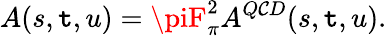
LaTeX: A(s,\mathtt{t},u)=\piF_{\pi}^{2}A^{Q\mathcal{C}D}(s,\mathtt{t},u).